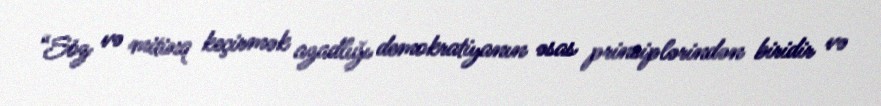
“Söz və mitinq keçirmək azadlığı demokratiyanın əsas prinsiplərindən biridir və